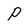
Character: P